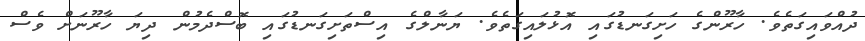
ދުއްވައިގަތެވެ. ހާރޫންގެ ހަށިގަނޑުގައި އޮޅުލައިގަތެވެ. ޔަނާލްގެ އިސްތަށިގަނޑުގައި ބޮސްދެމުން ދިޔަ ހާރޫނަށް ވެސް